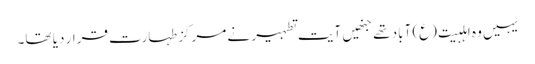
یہیں وہ اہلبیت(ع) آباد تھے جنھیں آیت تطہیر نے مرکز طہارت قرار دیا تھا۔